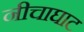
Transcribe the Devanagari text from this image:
नीचाघाट